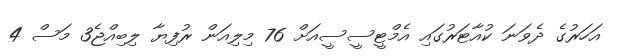
އަހަރުގެ ދެވަނަ ކުއާޓަރުގައި އެމްޓީސީސީއަށް 76 މިލިއަން ރުފިޔާ ލިބިއްޖެ3 މަސް 4